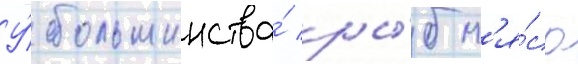
У́ большинства́ ры́б м'я́со